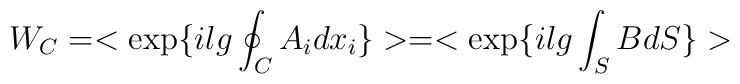
W_C= <\exp\{ilg\oint_C A_{i}dx_{i}\}> = <\exp\{ilg\int_SBdS\}>